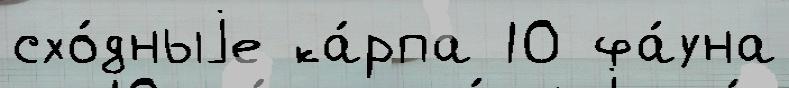
схо́дныjе ка́рпа 10 фа́уна